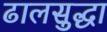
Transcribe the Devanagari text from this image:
ढालसुद्धा